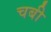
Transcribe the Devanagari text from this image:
चबी